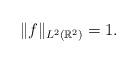
LaTeX: \begin{align*}\|f \|_{L^2 (\mathbb{R}^2)} = 1.\end{align*}